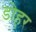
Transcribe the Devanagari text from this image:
डोहर